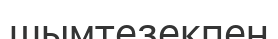
шымтезекпен